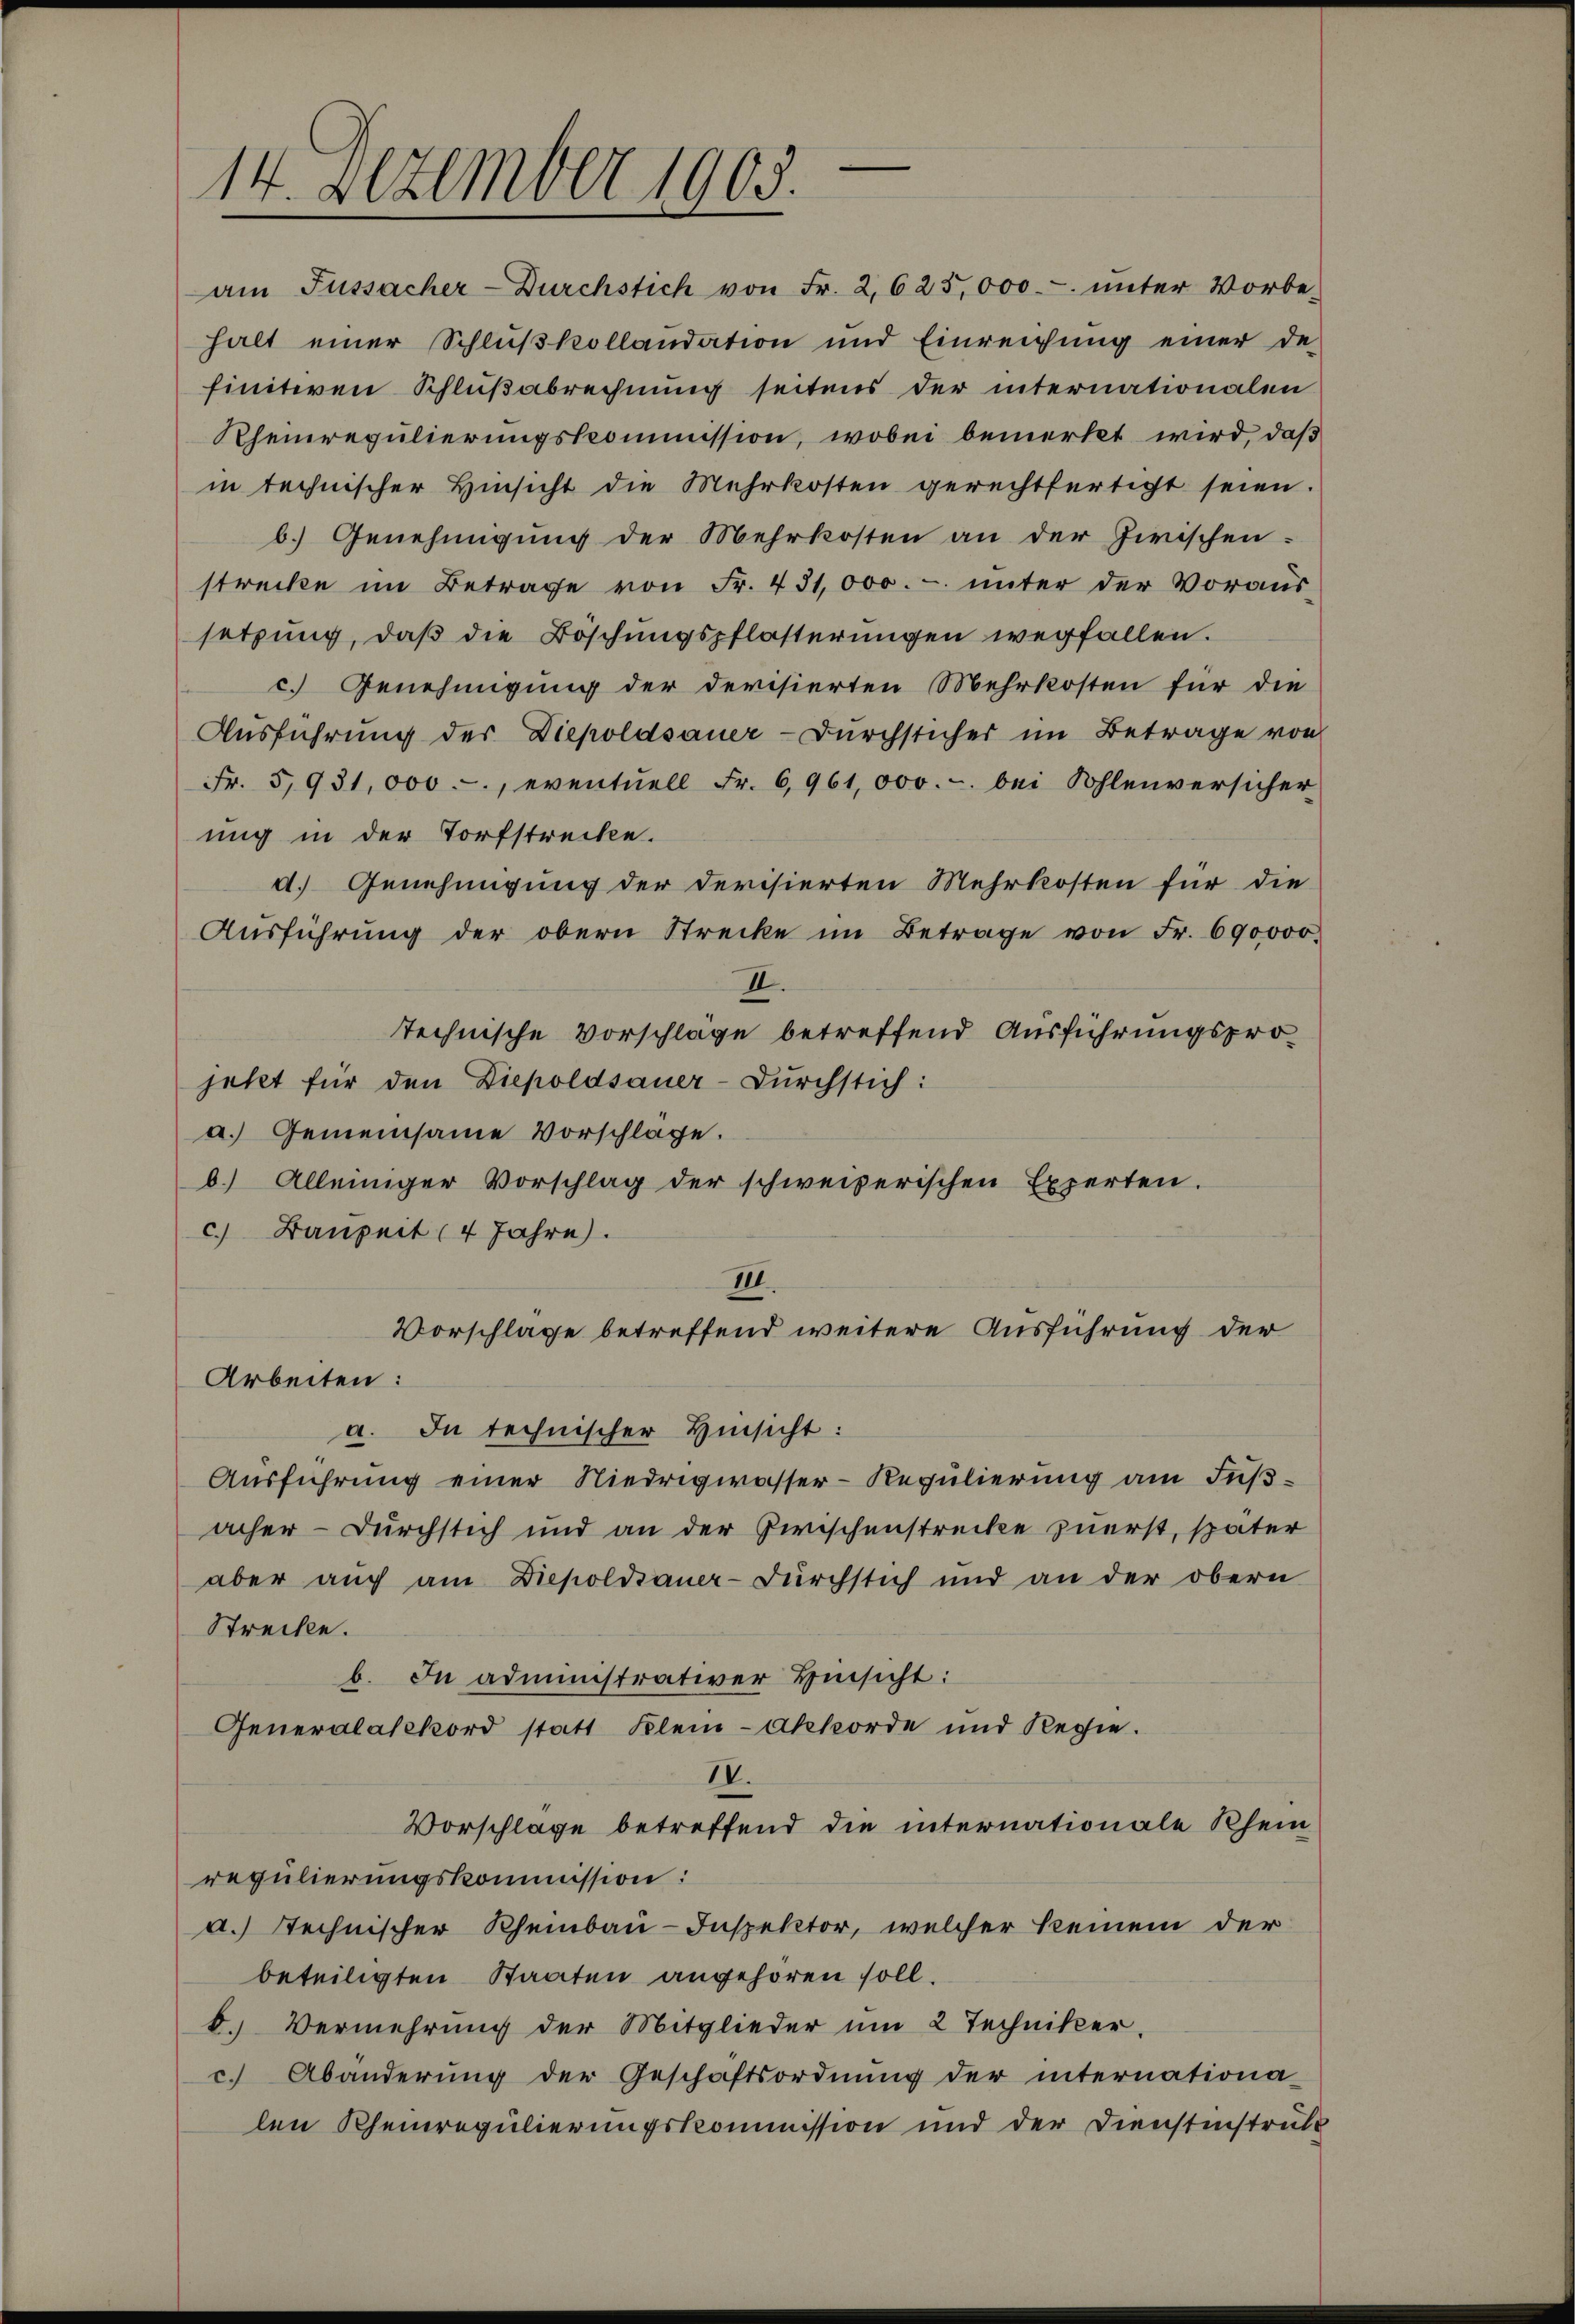
14. Dezember 1903.

am Fussacher-Durchstich von Fr. 2,625,000. unter Vorbe-
halt einer Schlußkollaudation und Einreichung einer de
finitiven Schlußabrechnung seitens der internationalen
Rheinregulierungskommission, wobei bemerkt wird, daß
in technischer Hinsicht die Mehrkosten gerechtfertigt seien.
b.) Genehmigung der Mehrkosten an der Zwischen.
strecke im Betrage von Fr. 431,000. unter der Voraus
setzŭng, daβ die Böschŭngspflästerŭngen wegfallen.
c. Genehmigung der Devisierten Mehrkosten für die
Ausführung der Diepoldsauer-Dŭrchsticher im Betrage von
Fr. 5931,000.-, eventuell Fr. 6,961,000.- bei Sohlenversicher
ung in der Torfstrecke.
d. Genehmigung der Devisierten Mehrkosten für die
Aŭsführŭng der obern Strecke im Betrage von Fr. 690000.
II.
technische Vorschläge betreffend Ausführungsprojetzt für den Diepoldsauer-Durchstich:
a.) Gemeinsame Vorschlage.
b.) Alleiniger Vorschlag der schweizerischen Experten.
c.) Bauzeit (4 Jahre).
III.
Vorschläge betreffend weitere Ausführung der
Arbeiten:
a. In technischer Hinsicht:
Ausführung einer Niedrigwasser-Regulierung am Fußacher Durchstich und an der Zwischenstrecke zuerst, später
aber auch am Diepoldauer-Durchstich und an der obern
Streche.
b. In administrativer Hinsicht:
Generalakkord statt Klein-Akkorde und Regie
IV.
Vorschlage betreffend die internationale Rhein
regulierungskommission:
d.) Rechnischer Rheinbau-Inspektor, welcher keinem der
beteiligten Staaten angehören soll.
b. Vermehrung der Mitglieder ŭm 2 Techniker.
c. Abänderŭng der Geschäftsordnŭng der internationa-
len Rheinregulierungskommission und der Dienstenstrukt